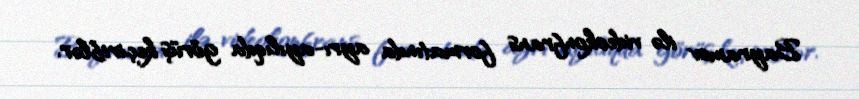
Bayramov ilə videokonfrans formatında ayrı-ayılıqda görüş keçiriblər.